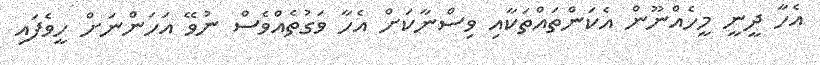
އެހާ ދީނީ މީހެއްނޫން އެކަންތައްތަކާއި ވިސްނާކަށް އެހާ ވަގުތެއްވެސް ނުވޭ އަހަންނަށް ހީވެފައި